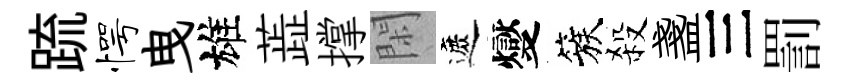
䟽愕曳雄蕋撑閑遮燮簇殺盞三罰